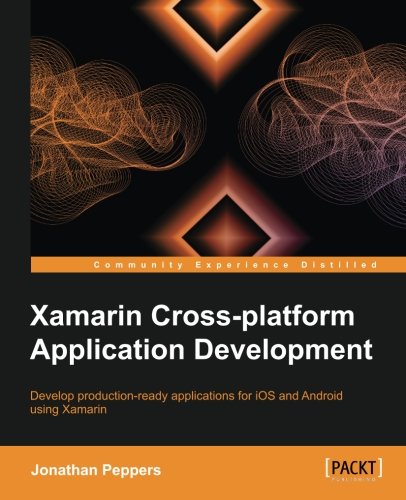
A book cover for Xamarin Crossplatform Application Development; Jonathan Peppers; Computers & Technology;